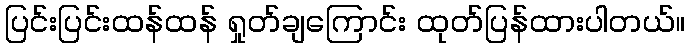
ပြင်းပြင်းထန်ထန် ရှုတ်ချကြောင်း ထုတ်ပြန်ထားပါတယ်။